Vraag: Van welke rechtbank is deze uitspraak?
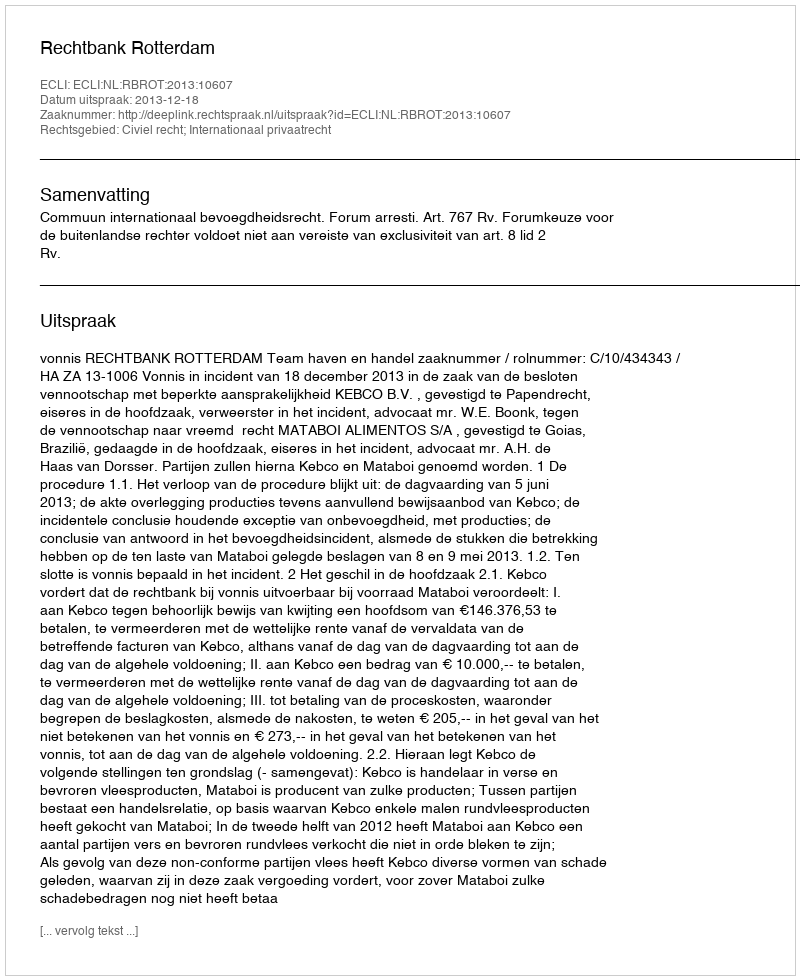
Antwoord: Rechtbank Rotterdam